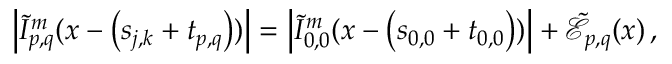
\left\vert \tilde { I } _ { p , q } ^ { m } ( \boldsymbol { x } - \left( \boldsymbol { s } _ { j , k } + \boldsymbol { t } _ { p , q } \right) ) \right\vert = \left\vert \tilde { I } _ { 0 , 0 } ^ { m } ( \boldsymbol { x } - \left( \boldsymbol { s } _ { 0 , 0 } + \boldsymbol { t } _ { 0 , 0 } \right) ) \right\vert + \tilde { \mathcal { E } } _ { p , q } ( \boldsymbol { x } ) \, ,